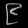
Digit: ၉